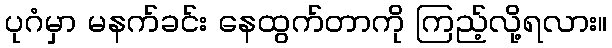
ပုဂံမှာ မနက်ခင်း နေထွက်တာကို ကြည့်လို့ရလား။